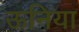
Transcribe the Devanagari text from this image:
ऊनिया